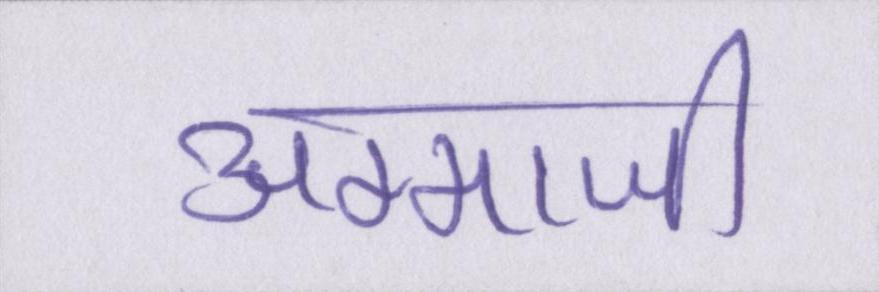
अम्माजी